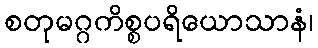
စတုမဂ္ဂကိစ္စပရိယောသာနံ၊